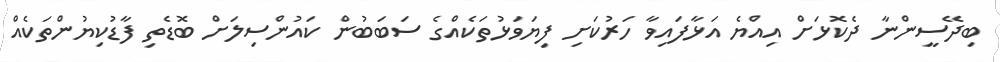
ބިދޭސީންނާ ދެކޮޅަށް އިއްޔެ އަޅާފައިވާ ހަރުކަށި ފިޔަވަޅުތަކެއްގެ ސަބަބުން ކައުންސިލަށް ބޮޑެތި ފާޑުކިޔުންތަކެއް